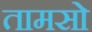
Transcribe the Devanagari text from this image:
तामसो